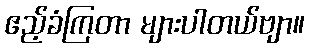
ဧည့်ခံကြတာ များပါတယ်ဗျာ။